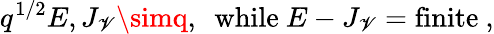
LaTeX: q^{1/2}E,J_{\mathscr{V}}\simq,~~\mathrm{{while}}~E-J_{\mathscr{V}}=\mathrm{{finite}}\ ,